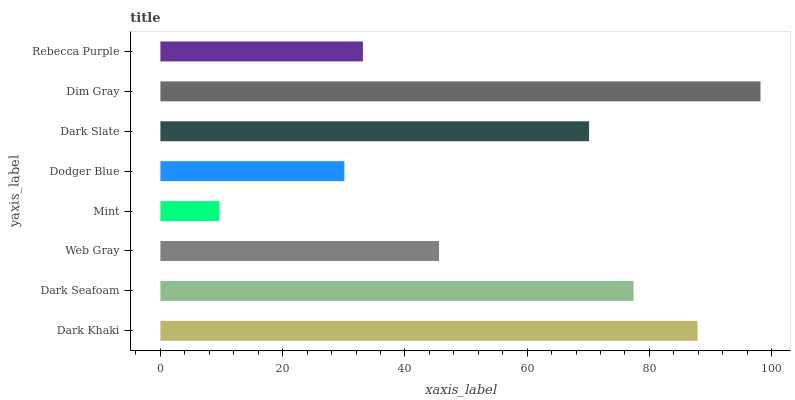
| yaxis_label | bars |
 | --- | --- |
 | Dark Khaki | 87.9 |
 | Dark Seafoam | 77.4 |
 | Web Gray | 45.6 |
 | Mint | 9.65 |
 | Dodger Blue | 30.1 |
 | Dark Slate | 70.1 |
 | Dim Gray | 98.2 |
 | Rebecca Purple | 33.1 |